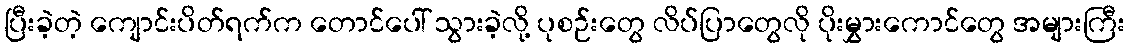
ပြီးခဲ့တဲ့ ကျောင်းပိတ်ရက်က တောင်ပေါ် သွားခဲ့လို့ ပုစဉ်းတွေ လိပ်ပြာတွေလို ပိုးမွှားကောင်တွေ အများကြီး